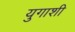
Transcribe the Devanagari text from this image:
युगाशी